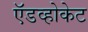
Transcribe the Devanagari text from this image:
ऍडव्होकेट